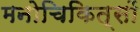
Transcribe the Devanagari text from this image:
मनोचिकित्सों